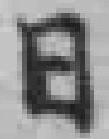
日